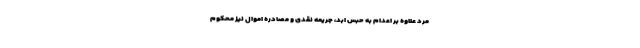
مرد علاوه بر اعدام به حبس ابد، جریمه نقدی و مصادره اموال نیز محکوم